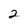
Character: 2